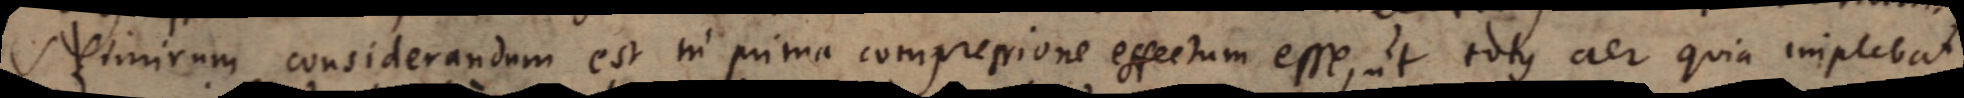
Nimirum considerandum est in prima compressione effectum esse, ut totus aer quia implebat